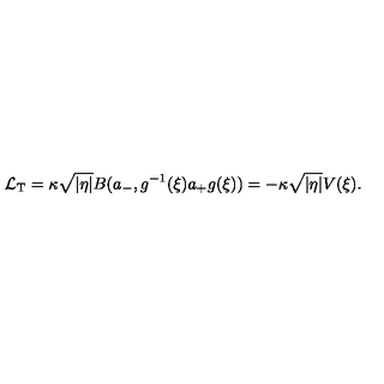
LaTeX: \mathcal L _ { \mathrm T } = \kappa \sqrt { | \eta | } B ( a _ { - } , g ^ { - 1 } ( \xi ) a _ { + } g ( \xi ) ) = - \kappa \sqrt { | \eta | } V ( \xi ) .